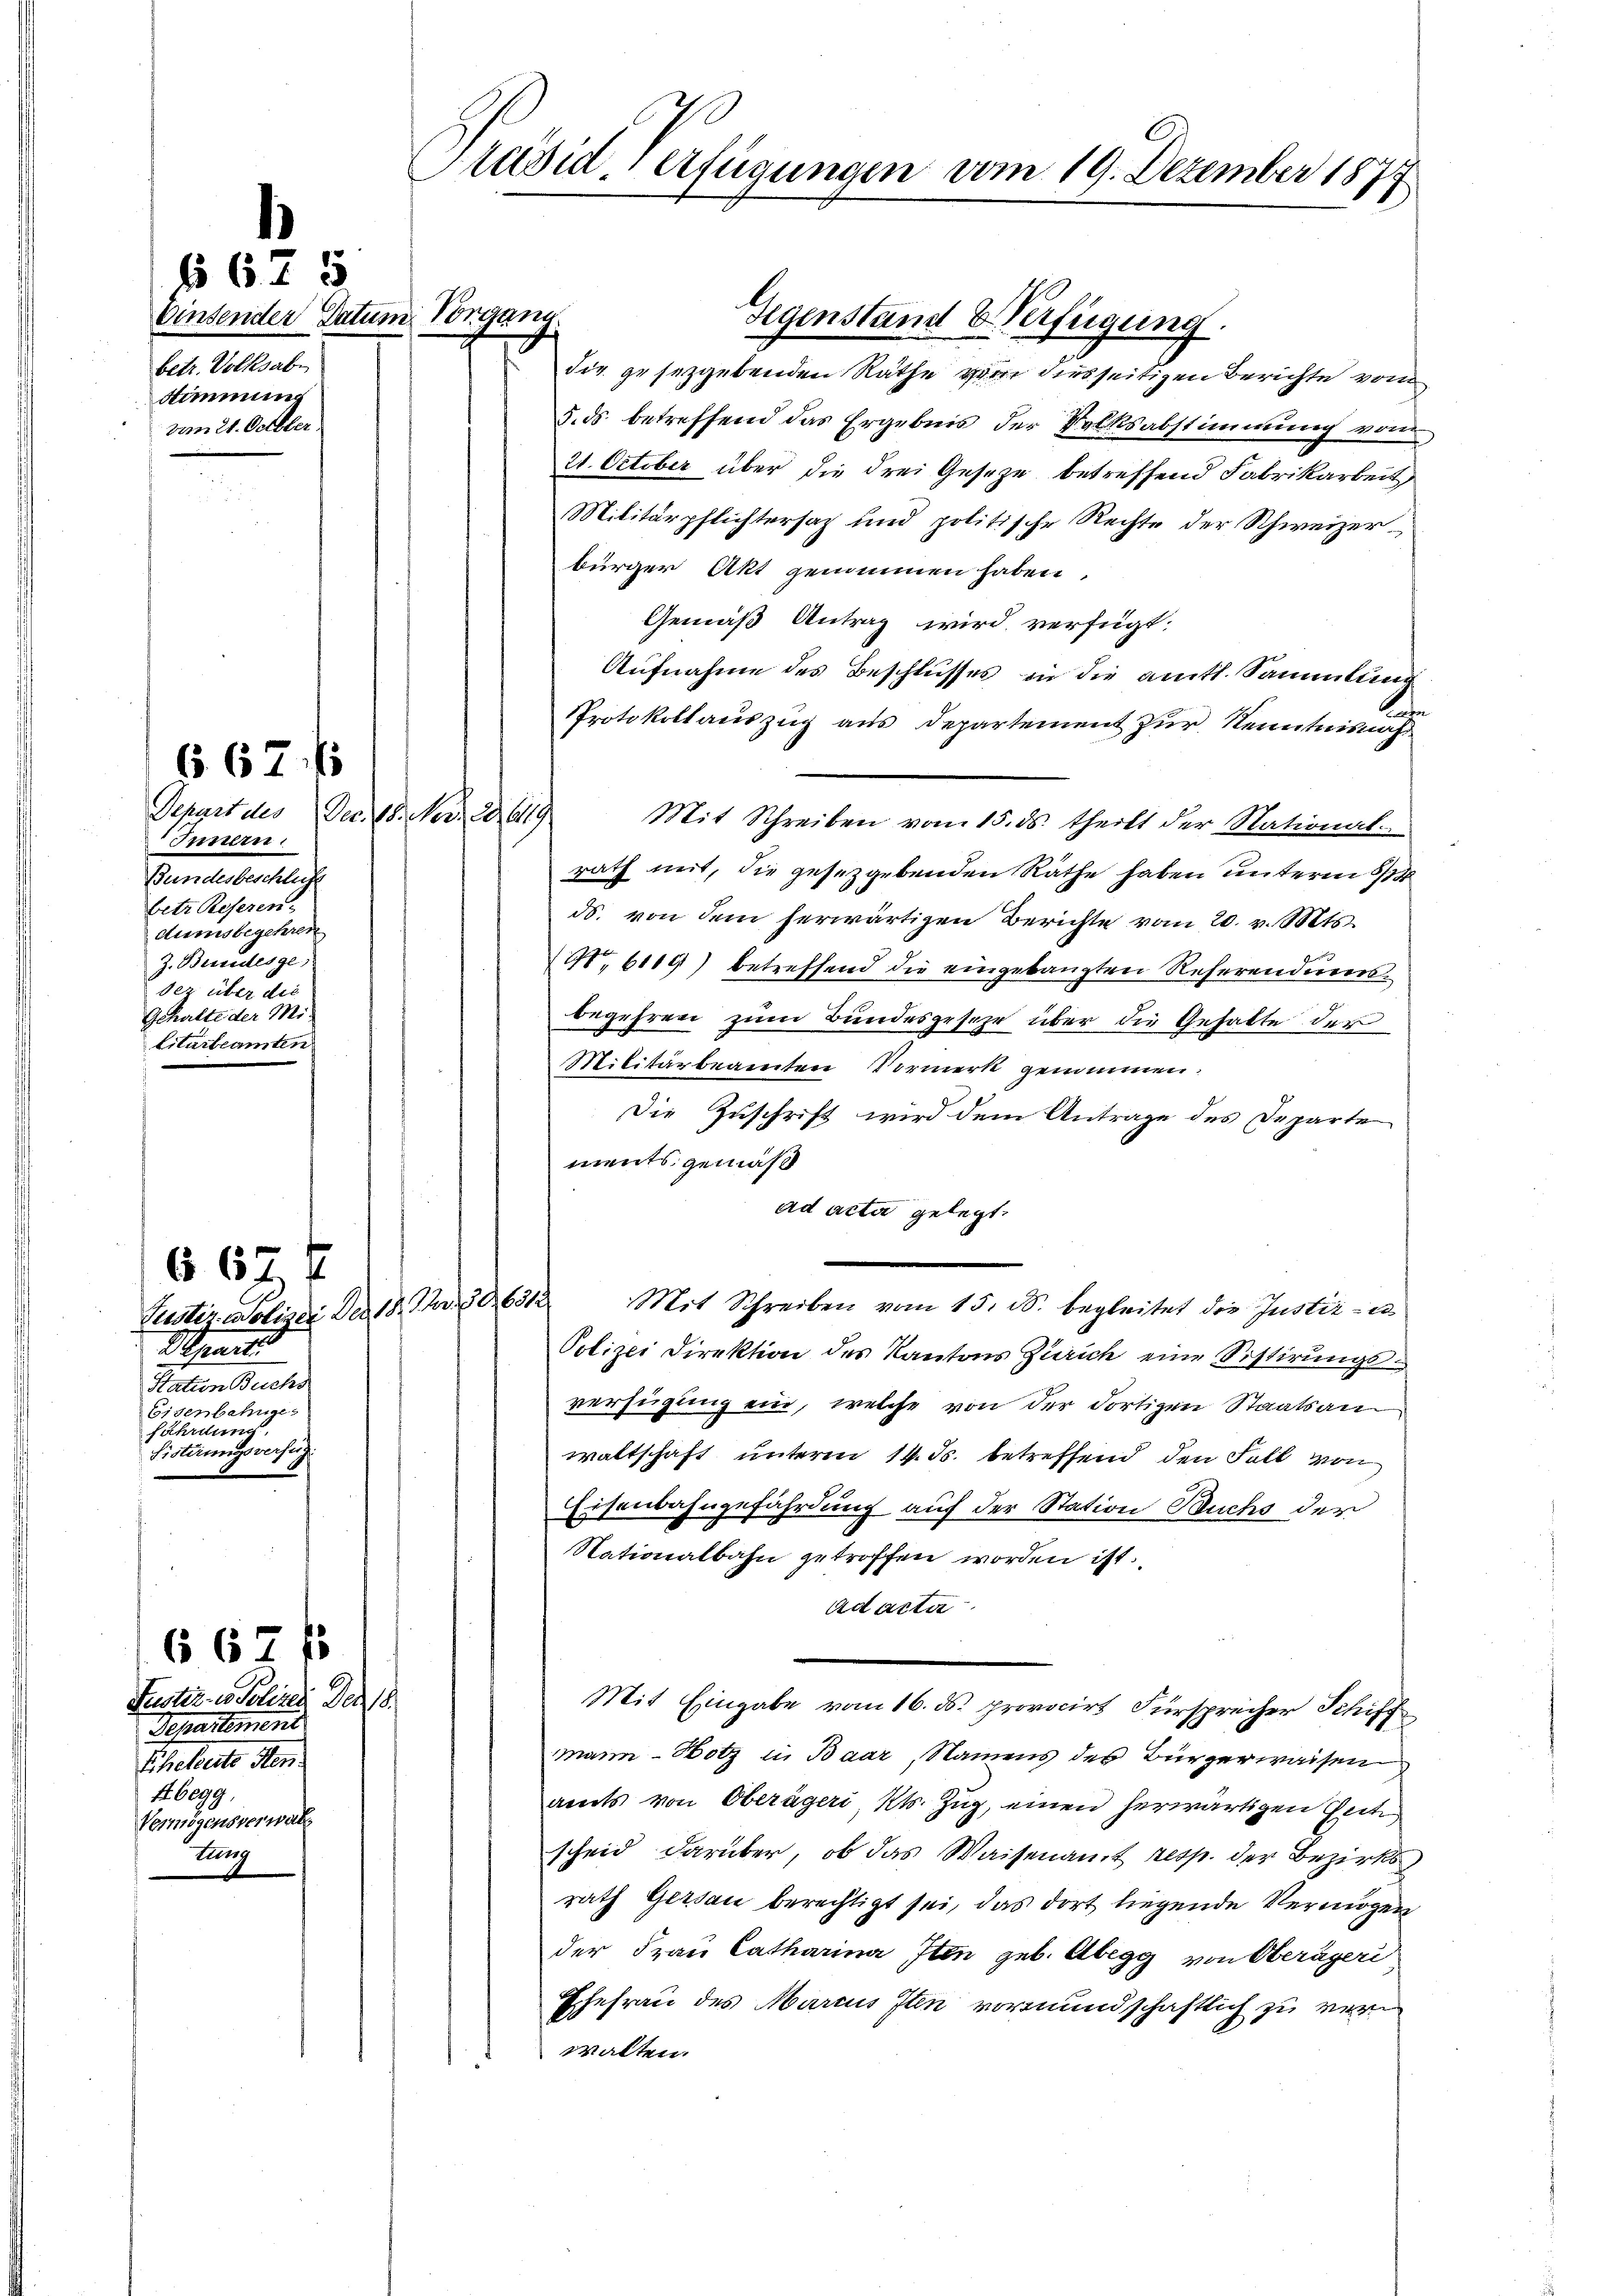
§ 675
binsender Datum Vorgang.
betr. Volksab
Stimmung
vom 21. October

667 f
Depart des Dec. 18. Nov. 18. 619
Innern
Gemeinsentlich
betr. Reseren.
dumsbegehren
Z. Bundesge
der über die
Gehalte der Mi
Litarbeamten

6674
Puester wolizei Den 18. Jan. S. 631
Separte
Kalen Sacher
Eisenbahnge
fährdung
Fisterungsversuch

Justiz in Seline Der
Separtement
Ehelverte den
Abegg
Vermögensverwal
tuung

667 f

Präsid. Verfügungen vom 19. Dezember 1877

die gesetzgebenden Räthe von diesseitigen Berichte vom
5. ds. betreffend das Ergebnis der Volksabstimmung von
21. October über die drei Geseze betreffend Fabrikarbeit
Militärpflichtersaz und politische Rechte der Schweizer
bürger Akt genommen haben
Gemäß Antrag wird verfügt:
Aufnahme des Beschlusses in die amtl. Sammlung
t
Protokollauszug aus Departement zur Kenntnisnah
Mit Schreiben vom 15. ds. theilt der National-
rath mit, die gesetzgebenden Räthe haben unterm 8/14
ds. von dem herwärtigen Berichte vom 20. v. Mts.
Nr. 6119) betreffend die eingebangten Referendiersbegehren zum Bundesgeseze über die Gehalte der
Militärbeamten Vormerk genommen.
Die Zuschrift wird dem Antrage des Departe
ments gemäs
ad acta gelegt.
Mit Schreiben vom 15. ds. begleitet die Justiz - es
Polizei Direktion des Kantons Zürich eine Sistirungsverfügung ein, welche von der dortigen Staatsanwaltschaft unterm 14. ds. betreffend den Fall von
Eisenbahngefährdung auf der Station Buchs der
Nationalbahn getroffen worden ist.
Ad acta
Mit Eingabe vom 16. ds. provocirt Fürsprecher Schiff
mann-Hotz in Baar, Namens des Bürgerwaisen
amts von Oberägeri Kts. Zug, einen herwärtigen Zeit
scheid darüber, ob das Waisenamt resp. der Bezirksrath Gersau berechtigt sei, das dort liegende Vermögen
der Frau Catharina Iten geb. Abegg von Oberägeri
Ehefrau des Marcus Illn vormundschaftlich zu verwalten.

Gegenstand Verfügung